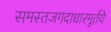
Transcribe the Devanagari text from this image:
समस्तजगदाधारमूर्तये